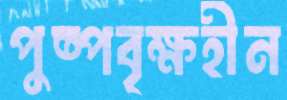
পুষ্পবৃক্ষহীন